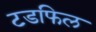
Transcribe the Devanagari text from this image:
टडफिल